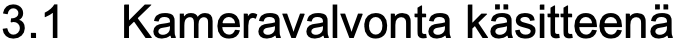
3.1 Kameravalvonta käsitteenä